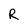
Character: R